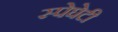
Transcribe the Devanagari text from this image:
स्पेघेटी